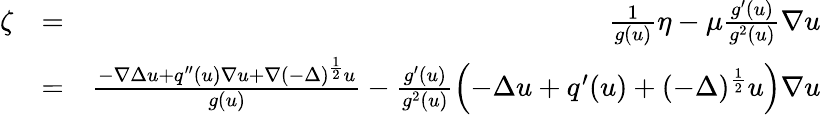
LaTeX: \begin{array}{rlr}{\zeta}&{=}&{\frac{1}{g(u)}\eta-\mu\frac{g^{\prime}(u)}{g^{2}(u)}\nabla u}\\ &{=}&{\frac{-\nabla\Delta u+q^{\prime\prime}(u)\nabla u+\nabla(-\Delta)^{\frac{1}{2}}u}{g(u)}-\frac{g^{\prime}(u)}{g^{2}(u)}\left(-\Delta u+q^{\prime}(u)+(-\Delta)^{\frac{1}{2}}u\right)\nabla u}\end{array}